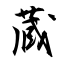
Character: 蔵